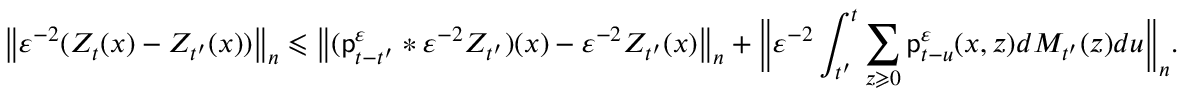
\big \| \varepsilon ^ { - 2 } ( Z _ { t } ( x ) - Z _ { t ^ { \prime } } ( x ) ) \big \| _ { n } \leqslant \big \| ( \mathsf { p } _ { t - t ^ { \prime } } ^ { \varepsilon } \ast \varepsilon ^ { - 2 } Z _ { t ^ { \prime } } ) ( x ) - \varepsilon ^ { - 2 } Z _ { t ^ { \prime } } ( x ) \big \| _ { n } + \bigg \| \varepsilon ^ { - 2 } \int _ { t ^ { \prime } } ^ { t } \sum _ { z \geqslant 0 } \mathsf { p } _ { t - u } ^ { \varepsilon } ( x , z ) d M _ { t ^ { \prime } } ( z ) d u \bigg \| _ { n } .